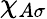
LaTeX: \chi_{A\sigma}